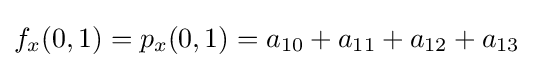
f_{x}(0,1)=p_{x}(0,1)=a_{10}+a_{11}+a_{12}+a_{13}